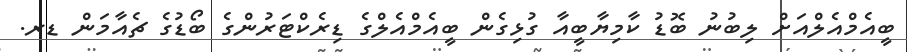
ބީއެމްއެލްއަށް ލިބުނު ބޮޑު ކާމިޔާބީއާ ގުޅިގެން ބީއެމްއެލްގެ ޑިރެކްޓަރުންގެ ބޯޑުގެ ޗެއާމަން ޑރ.